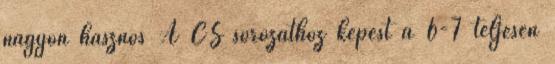
nagyon hasznos A CS sorozathoz képest a 6-7 teljesen